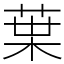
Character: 𫟒